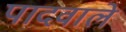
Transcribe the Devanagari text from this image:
पादवाले